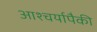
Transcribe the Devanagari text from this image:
आश्चर्यापैकी